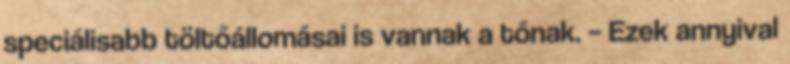
speciálisabb töltőállomásai is vannak a tónak. – Ezek annyival